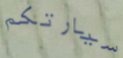
سيارتكم